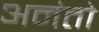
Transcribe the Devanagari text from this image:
अनंतो